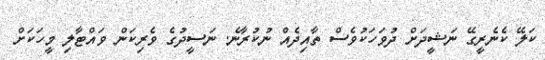
ކަލޭ ކެނެރީގޭ ނަޝީދަށް ދުވަހަކުވެސް ތާއިދެއް ނުކުރާނެ. ނަސީދުގެ ވެރިކަން ވައްޓާލި މީހަކަށް